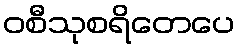
ဝစီသုစရိတေပေ